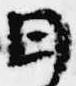
日